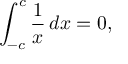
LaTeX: \int _ { - c } ^ { c } { \frac { 1 } { x } } \, d x = 0 ,